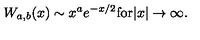
W _ { a , b } ( x ) \sim x ^ { a } e ^ { - x / 2 } \mathrm { f o r } | x | \rightarrow \infty .